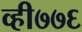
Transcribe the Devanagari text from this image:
व्ही७७६